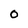
Character: 0